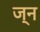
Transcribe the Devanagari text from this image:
ज्न